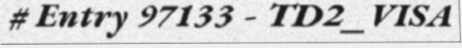
# Entry 97133 - TD2_VISA